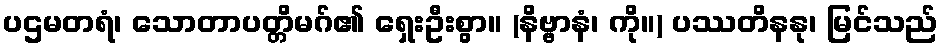
ပဌမတရံ၊ သောတာပတ္တိမဂ်၏ ရှေးဦးစွာ။ (နိဗ္ဗာနံ၊ ကို။) ပဿတိနနု၊ မြင်သည်